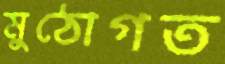
মুঠোগত